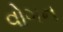
વોગન